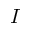
I